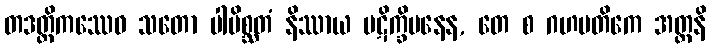
တဒတ္ထိကဿေဝ သတော ပါပိစ္ဆတံ နိဿာယ ပဋိက္ခိပနေန, တေ စ ဂဟပတိကေ အတ္တနိ